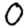
Digit: 0